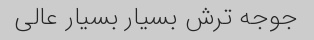
جوجه ترش بسیار بسیار عالی